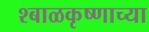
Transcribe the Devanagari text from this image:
श्बाळकृष्णाच्या